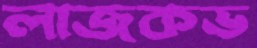
লাজকভ